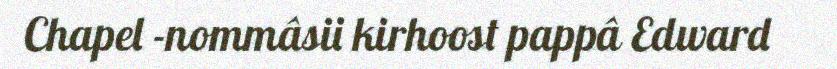
Chapel -nommâsii kirhoost pappâ Edward